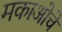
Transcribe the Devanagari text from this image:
मकाओचे